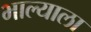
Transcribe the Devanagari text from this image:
भाल्याला